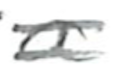
Text: a
Cross-out: mix
Writing tool: pencil